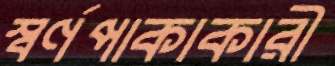
স্বর্ণপাকাকারী